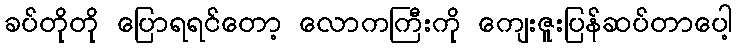
ခပ်တိုတို ပြောရရင်တော့ လောကကြီးကို ကျေးဇူးပြန်ဆပ်တာပေါ့